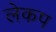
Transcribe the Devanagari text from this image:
लेकप